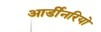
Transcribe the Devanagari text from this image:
आर्डीनरियो